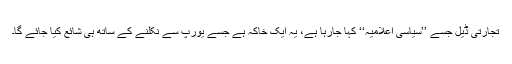
تجارتی ڈیل جسے ’’سیاسی اعلامیہ‘‘ کہا جارہا ہے، یہ ایک خاکہ ہے جسے یورپ سے نکلنے کے ساتھ ہی شائع کیا جائے گا۔